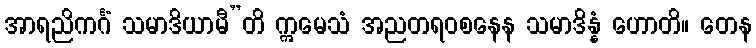
အာရညိကင်္ဂံ သမာဒိယာမီ”တိ ဣမေသံ အညတရဝစနေန သမာဒိန္နံ ဟောတိ။ တေန